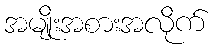
အမျိုးအစားအလိုက်